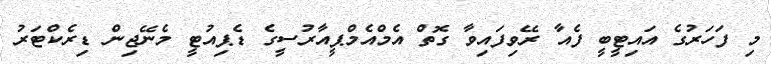
މި ފަހަރުގެ އައިޓީބީ ފެއާ ރޭވިފައިވާ ގޮތް އެމްއެމްޕީއާރުސީގެ ޑެޕިއުޓީ މެނޭޖިން ޑިރެކްޓަރު